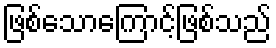
ဖြစ်သောကြောင့်ဖြစ်သည်